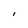
Character: l